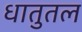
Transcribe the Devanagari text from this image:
धातुतल